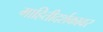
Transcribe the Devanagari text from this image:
माहितीदर्शकावर